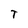
Character: T